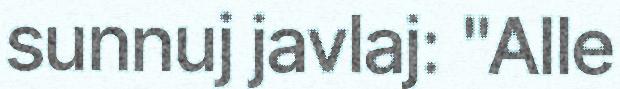
sunnuj javlaj: "Alle